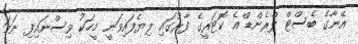
އޭނާގެ ބެސްޓް ފްރެންޑް އެ ކޮޓަރީގެ ފާރުގައި ލިޔެފައިވަނީ މީހަކު ވިސްނައިފި ނަމަ